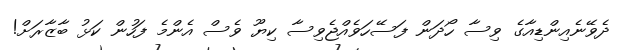
ދެވޭނެއިންޑިއާގެ ވިސާ ހޯދަން ފަސޭހަވެއްޖެވިސާ ކިޔޫ ވެސް އެންމެ ފަހުން ކަޅު ބާޒާރަށް!